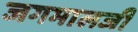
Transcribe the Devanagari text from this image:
जगमालजी